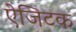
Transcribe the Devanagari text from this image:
ऐजिटक